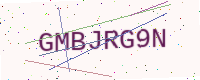
Text: GMBJRG9N